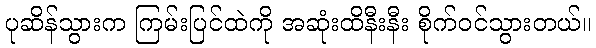
ပုဆိန်သွားက ကြမ်းပြင်ထဲကို အဆုံးထိနီးနီး စိုက်ဝင်သွားတယ်။